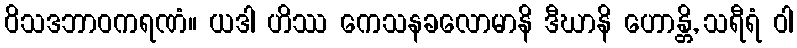
ဝိသဒဘာဝကရဏံ။ ယဒါ ဟိဿ ကေသနခလောမာနိ ဒီဃာနိ ဟောန္တိ, သရီရံ ဝါ